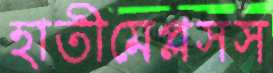
হাতীমেপ্লসস